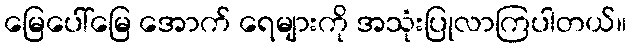
မြေပေါ်မြေ အောက် ရေများကို အသုံးပြုလာကြပါတယ်။